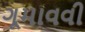
ગૂમાવવી